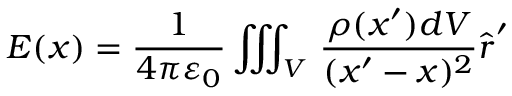
{ \boldsymbol { E } } ( { \boldsymbol { x } } ) = { \frac { 1 } { 4 \pi \varepsilon _ { 0 } } } \iiint _ { V } \, { \frac { \rho ( { \boldsymbol { x } } ^ { \prime } ) d V } { ( { \boldsymbol { x } } ^ { \prime } - { \boldsymbol { x } } ) ^ { 2 } } } { \hat { \boldsymbol { r } } } ^ { \prime }